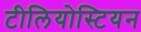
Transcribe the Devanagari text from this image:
टीलियोस्टियन